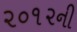
૨૦૧૨ની